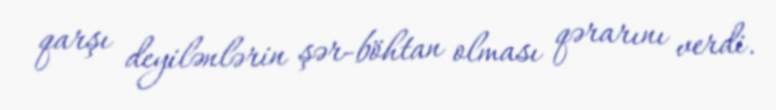
qarşı deyilənlərin şər-böhtan olması qərarını verdi.